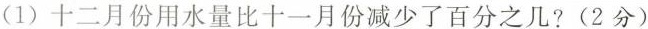
(1)十二月份用水量比十一月份减少了百分之几?